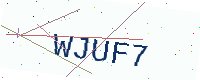
Text: WJUF7